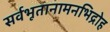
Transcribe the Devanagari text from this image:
सर्वभूतानामनभिद्रोह